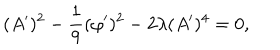
LaTeX: ( A ^ { \prime } ) ^ { 2 } - \frac { 1 } { 9 } ( \varphi ^ { \prime } ) ^ { 2 } - 2 \lambda ( A ^ { \prime } ) ^ { 4 } = 0 ,